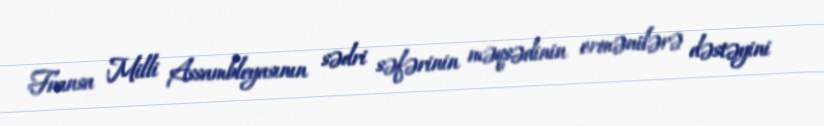
Fransa Milli Assambleyasının sədri səfərinin məqsədinin ermənilərə dəstəyini